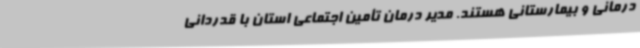
درمانی و بیمارستانی هستند. مدیر درمان تأمین اجتماعی استان با قدردانی